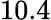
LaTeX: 10.4